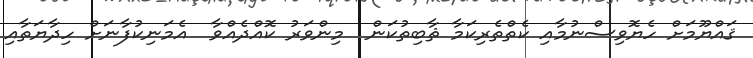
ޤައްޔޫމަށް ހެޔޮވިސްނުމާއި ކެތްތެރިކަމާ ޘާބިތުކަން  މިންވަރު ކޮއްދެއްވާ  އެމަނިކުފާނަށް ހިދާޔަތާއި